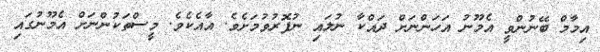
އިމާމް ބޭނުންވީ އެމޫނު އަހަންނަށް ދައްކާ ނުލައި ނުފޮރުވުމަށެވެ. އާއެކެވެ. މީސްތަކުންނަށް އެމޫނުގައި